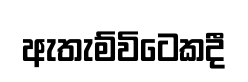
ඇතැම්විටෙකදී